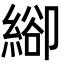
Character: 𦃁